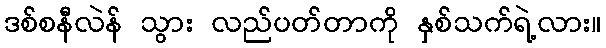
ဒစ်စနီလဲန် သွား လည်ပတ်တာကို နှစ်သက်ရဲ့လား။